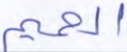
الحميم